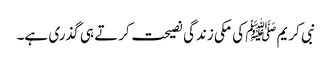
نبی کریمﷺ کی مکی زندگی نصیحت کرتے ہی گذری ہے۔